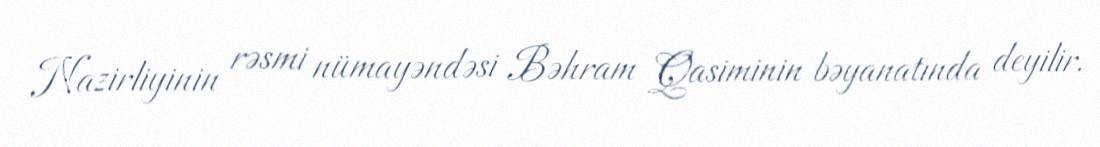
Nazirliyinin rəsmi nümayəndəsi Bəhram Qasiminin bəyanatında deyilir.